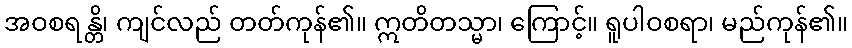
အဝစရန္တိ၊ ကျင်လည် တတ်ကုန်၏။ ဣတိတသ္မာ၊ ကြောင့်။ ရူပါဝစရာ၊ မည်ကုန်၏။